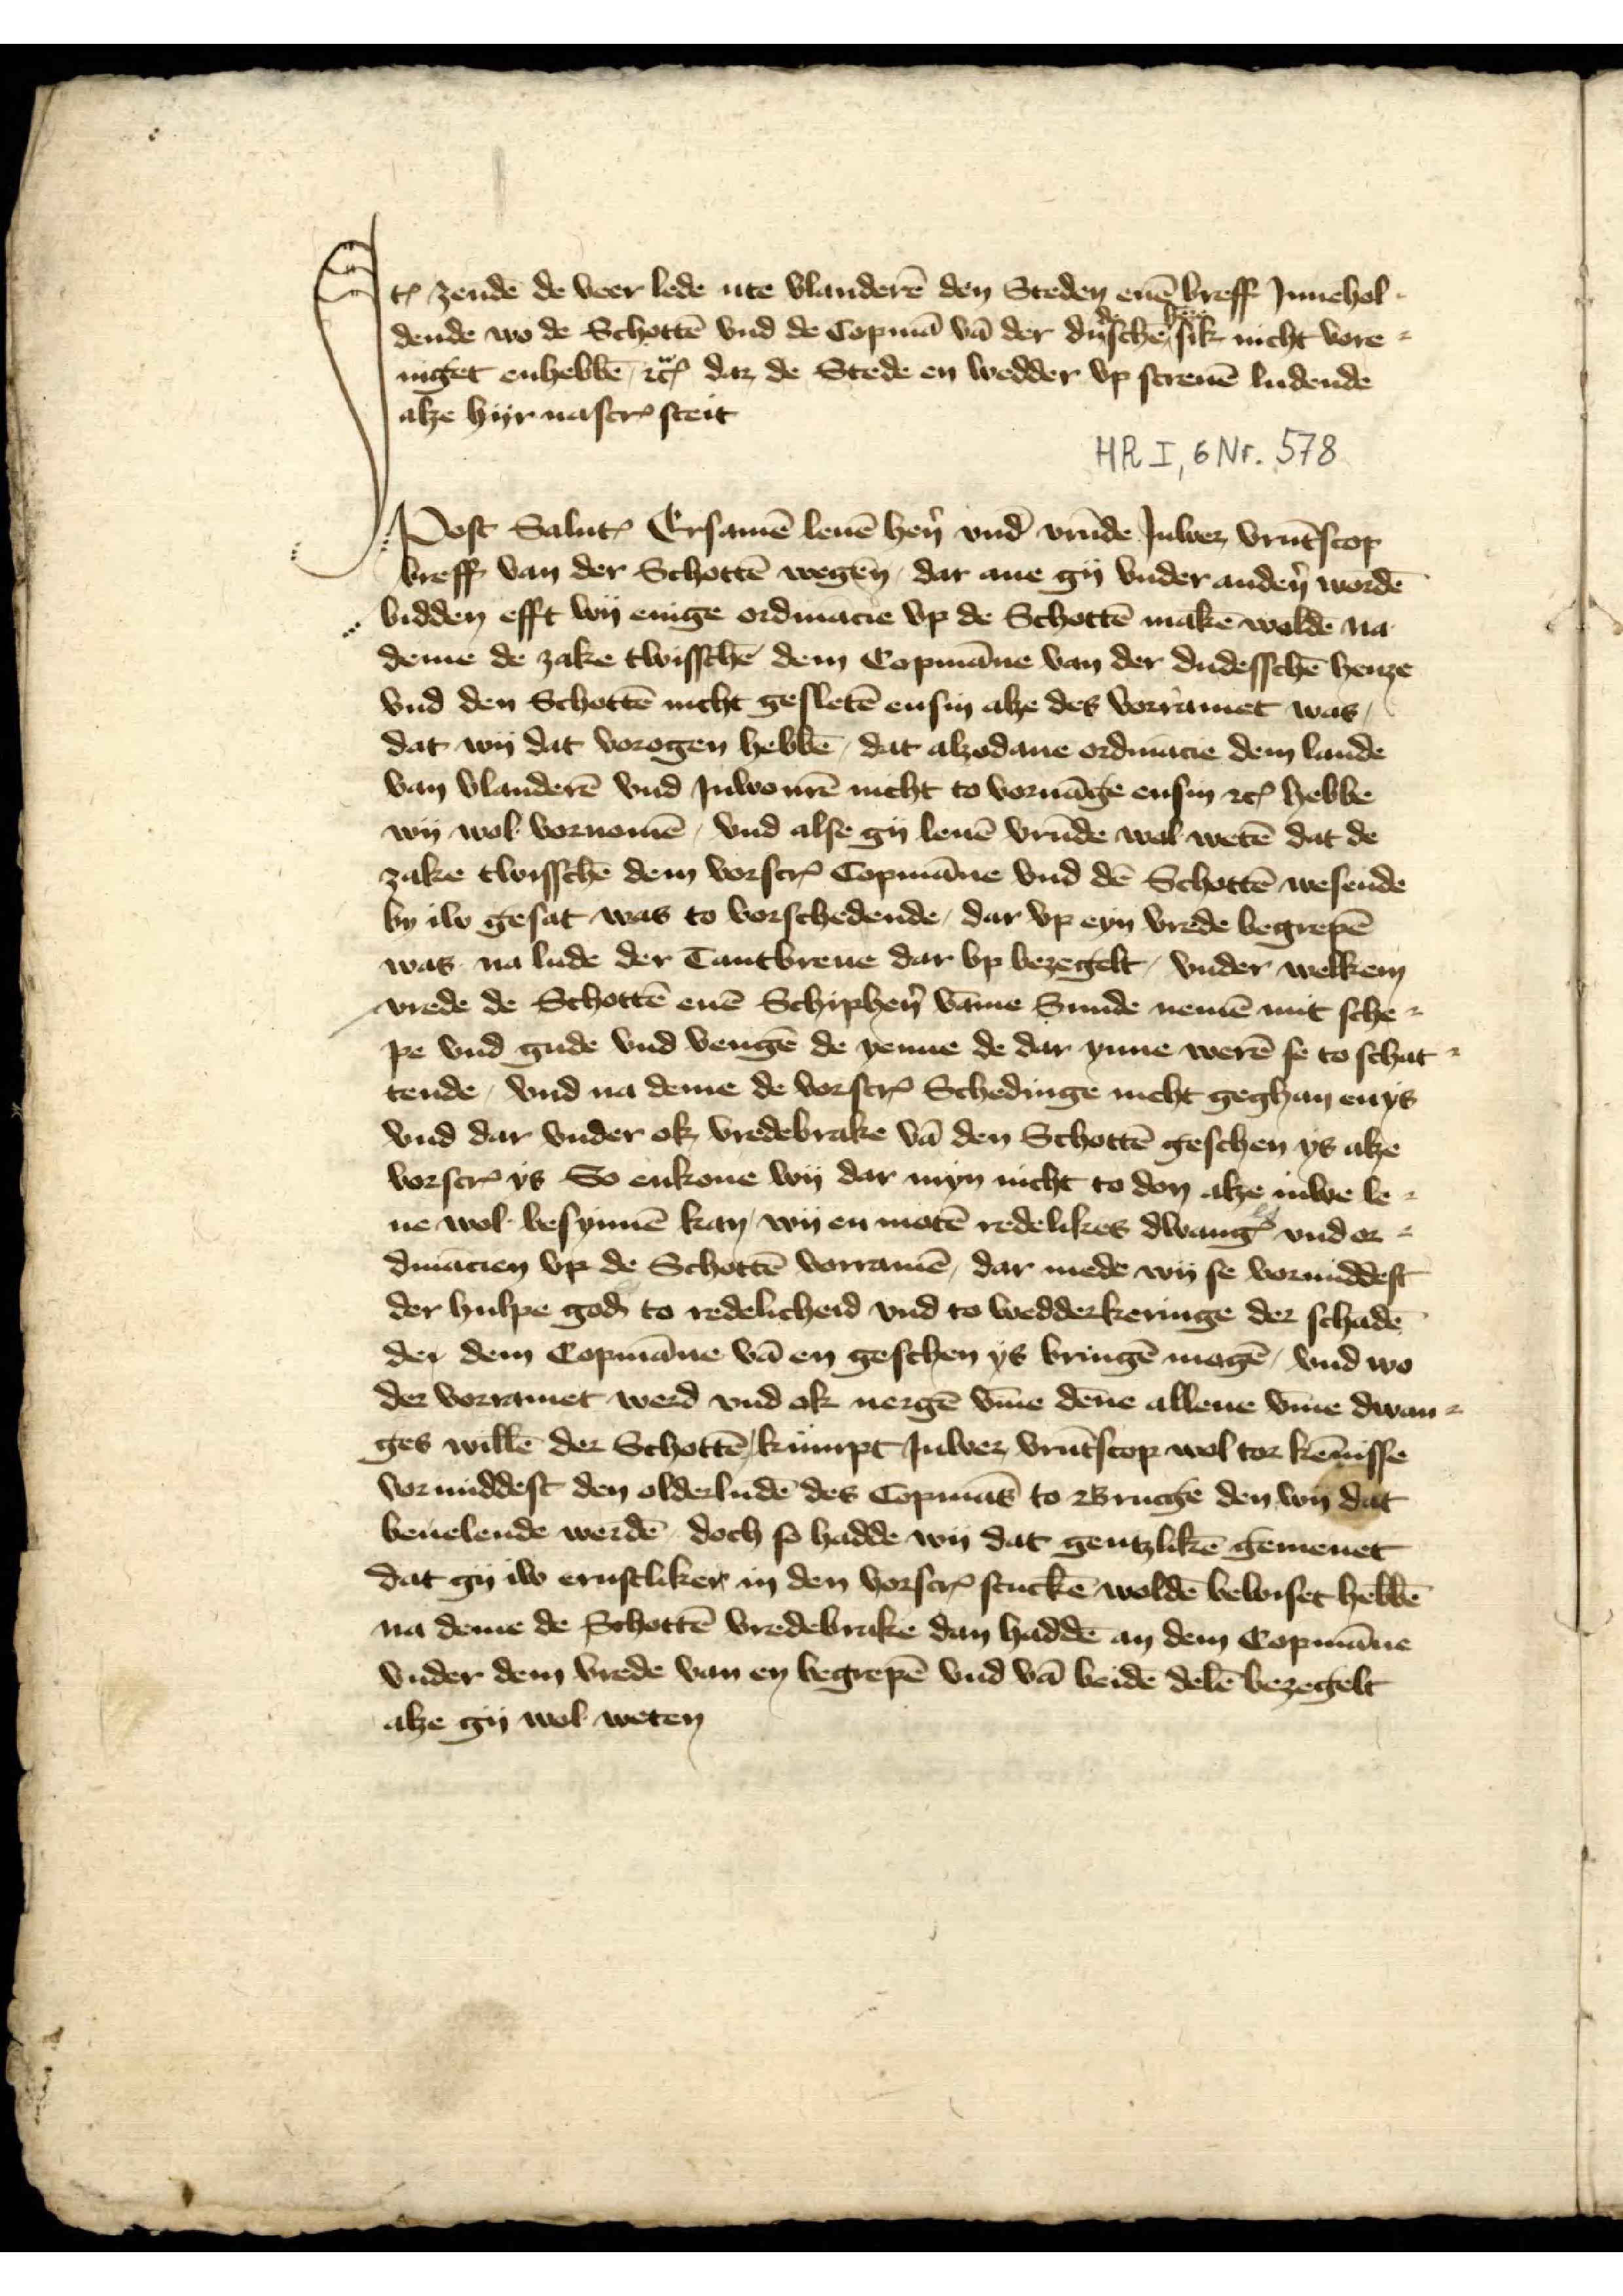
Jꝷ zende de veer lede ute Vlanderē den Steden enē breff Jnnehol¬
dende wo de Schottē vnd de Copmā vā der dudeschē henze sik nicht vore¬
niget enhebbē etc dat de Stede en wedder vp screvē ludende
alze hyr nascrꝬ steit

Post SalutꝬ Ersamē leuē hẻn vnd vrūde Juwer vrūtscop
breff van der Schottē wegen dar ane gy vnder andẻn wordē
bidden efft wy enige ordinācie vp de Schottē makē woldē na
deme de zake twischē dem Copmāne van der dudesschē henze
vnd den Schottē nicht gesletē ensin alze des vorramet was
dat wy dat vorogen hebbē, dat alzodane ordinācie dem lande
van Vlanderē vnd Iuwenrē nicht to voruāge ensin etc hebbe
wy wol vornamē vnd alse gy leuē vrūde wol wetē dat de
zake twisschen dem vorscrꝬ Copmāne vnd dē Schottē wesende
by iw gesat was to vorschedende, dar vp eyn vrede begrepē
was na lude der Tantbreue dar vp bezegelt, vnder welken
vrede de Schottē enē Schiphẻn vāne Sunde nemē mit sche¬
pe vnd gude vnd vengē de yenne de dar ynne werē se to schat
tende, vnd na deme de vorscrꝬ Schedinge nicht geghan enys
vnd dar vnder ok, vredebrake vā den Schottē geschen ys alze
vorscrꝬ ys So enkome wy dar myn nicht to don alze Juwe le¬
ue wol besynnen kan, wy en motē redelikes dwangꝬ vnd or¬
dinācien yp de Schottē vorramē, dar mede wy se vormiddest
der hulpe god to redelicheid vnd to wedderkeringe der schadē
de dem Copmāne vā en geschen ys bringē mogē, vnd wo
der vorramet werd vnd ok nergē v̄me dēne allene v̄me dwan¬
ges willē der Schottē kumpt Juwer vrūtscop wol tor kēnisse
vormiddest den olderludē des Copmās to Brucge den wy dat
beuelende werdē, doch so hadde wy dat gentzlikē gemenet
dat gy iw ernstliker in den vorscrꝬ stuckē woldē bewiset hebbē
na deme de Schottē vredebrake dan haddē an dem Copmāne
vnder dem vrede van en begrepē vnd vā beidē bezegelt
alze gy wol weten